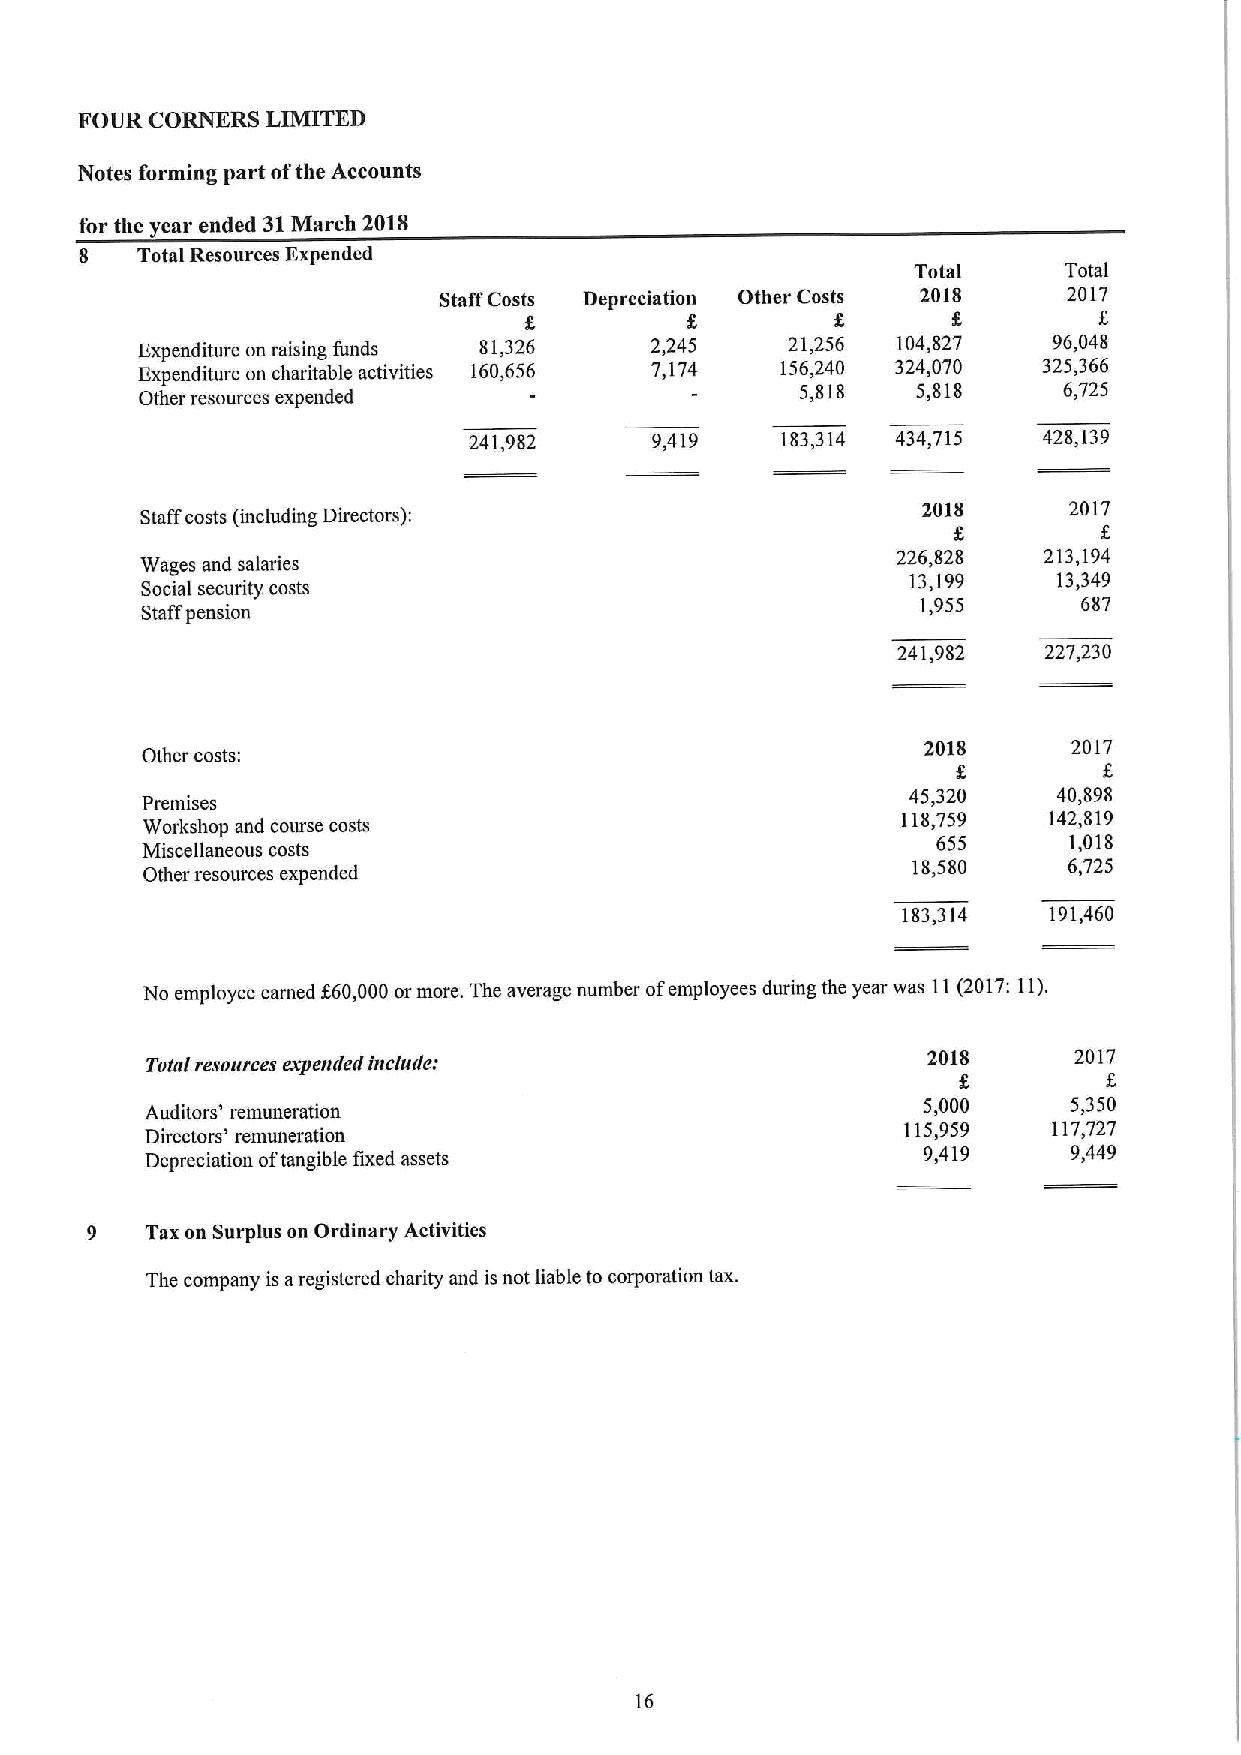
FOUR CORNERS LIMITED
 Notes forming part ofthe Accounts
 for the year ended 31March 201$
 8   Total Resources Expended
 Total    Total
 Staff Costs Depreciation Other Costs 2018 2017
 8
 Expenditure on raising funds 81,326 2,245  21,256 104,827    96,048
 Expenditure on charitable activities 160,656 7,174 156,240 324,070 325,366
 Other resources expended
 5,818   5,818    6,725
 241,982     9,419    183,314 434,715  428,139
 2018      2017
 Staffcosts (including Directors):
 Wages and salaries
 226,828   213,194
 13,199    13,349
 Social security, costs
 Staffpension
 1,955      687
 241,982   227,230
 2018      2017
 Other costs:
 45,320    40,898
 Premises
 118,759  142,819
 Workshop and course costs
 Miscellaneous costs                                  655      1,018
 Other resources expended
 18,580     6,725
 183,314  191,460
 No employee earned f60,000ormore. The average number ofemployees during the year was 11(2017:11).
 2018      2017
 Total resources expended include:
 Auditors' remuneration
 5,000     5,350
 Directors' remuneration
 115,959   117,727
 Depreciation oftangible fixed assets               9,419     9,449
 9   Tax on Surplus on Ordinary Activities
 The company is aregistered charity and is not liable to corporation tax.
 16